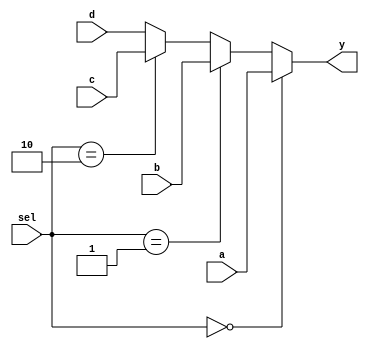
module multiplexer_always (a, b, c, d, sel, y);

     input a, b, c, d;
     input [1:0] sel;
     output reg y;

     always @(a or b or c or d or sel) begin
          if (sel == 2'b00) y <= a;
          else if (sel == 2'b01) y <= b;
          else if (sel == 2'b10) y <= c;
          else y <= d;
     end

endmodule